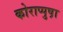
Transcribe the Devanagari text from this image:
कोराप्पुष़ा